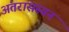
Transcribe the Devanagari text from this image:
अंतरासस्यन